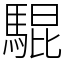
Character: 騉